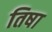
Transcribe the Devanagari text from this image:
तिषा